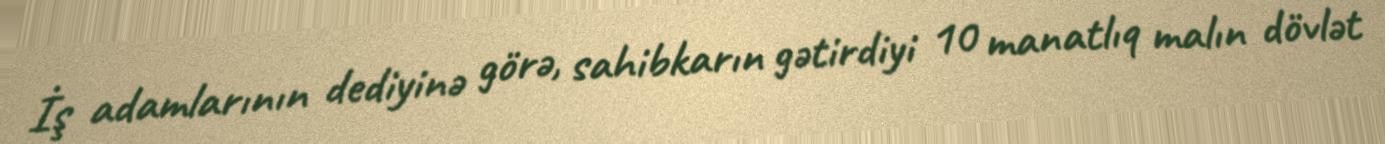
İş adamlarının dediyinə görə, sahibkarın gətirdiyi 10 manatlıq malın dövlət